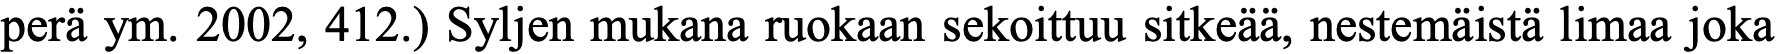
perä ym. 2002, 412.) Syljen mukana ruokaan sekoittuu sitkeää, nestemäistä limaa joka